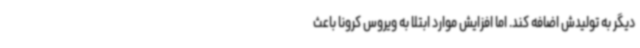
دیگر به تولیدش اضافه کند. اما افزایش موارد ابتلا به ویروس کرونا باعث